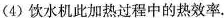
(4)饮水机此加热过程中的热效率.